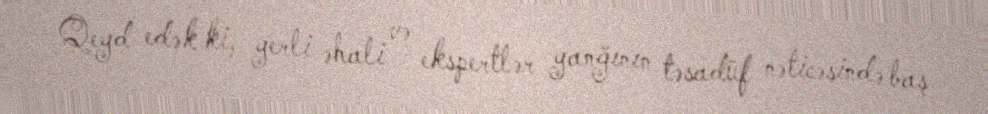
Qeyd edək ki, yerli əhali və ekspertlər yanğının təsadüf nəticəsində baş